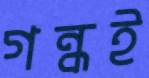
গন্ধই